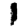
Digit: 1